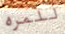
للمره